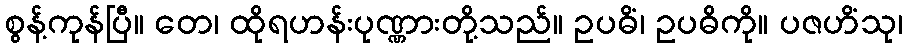
စွန့်ကုန်ပြီ။ တေ၊ ထိုရဟန်းပုဏ္ဏားတို့သည်။ ဥပဓိံ၊ ဥပဓိကို။ ပဇဟိံသု၊